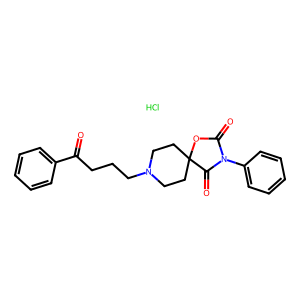
SMILES: Cl.O=C(CCCN1CCC2(CC1)OC(=O)N(c1ccccc1)C2=O)c1ccccc1
Inhibits HIV replication: No